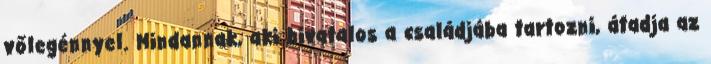
vőlegénnyel. Mindannak, aki hivatalos a családjába tartozni, átadja az